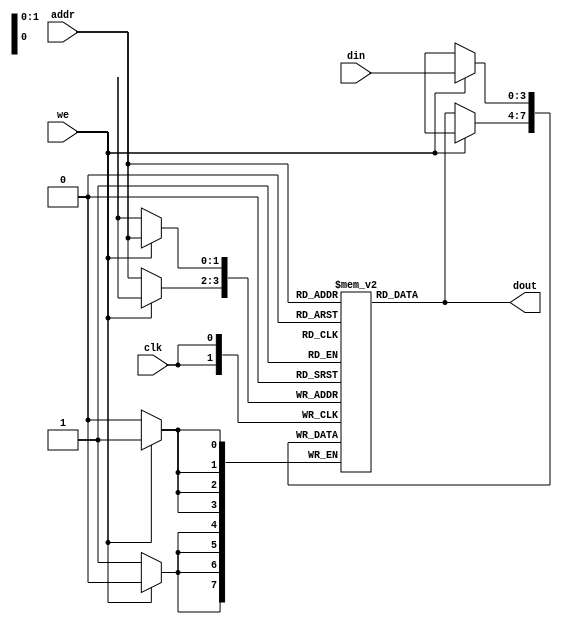
module RAM(addr,clk,din,dout,we);
    input [1:0] addr;
    input clk;
    input [3:0] din;
    output [3:0] dout;
    input we;

  reg [3:0] Mem_out[0:3];

  always@(posedge clk)
  begin

  if(we)
  Mem_out[addr] <= din;	 

  else
 
	Mem_out[addr] <= Mem_out[addr];
   
  end 

		assign dout = Mem_out[addr];

endmodule